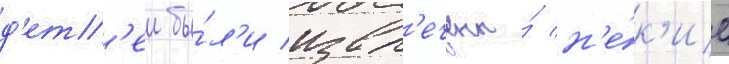
д'ет'еи бы́л'и извл'ечены́ н'е́к'ие